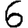
Digit: 6